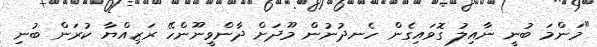
"މަންމަ ބުނީ ނާއިލު ގޮވައިގެން ހެނދުނުން މޫދަށް ދާންވީނޫންހޭ ރަޒިއްޔާ ކުރަން ބުނި